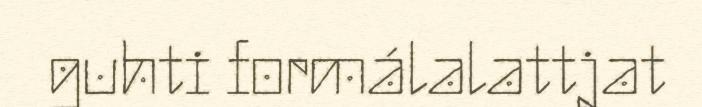
guhti formálalattjat